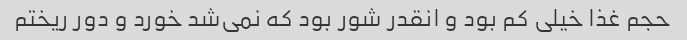
حجم غذا خیلی کم بود و انقدر شور بود که نمی‌شد خورد و دور ریختم